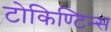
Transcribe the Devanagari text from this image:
टोकिण्टिन्स